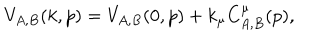
LaTeX: V _ { A , B } ( k , p ) = V _ { A , B } ( 0 , p ) + k _ { \mu } C _ { A , B } ^ { \mu } ( p ) ,